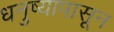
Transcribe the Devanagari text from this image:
धनुष्यापासून